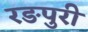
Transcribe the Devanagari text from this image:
रङपुरी